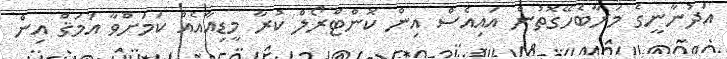
އަދުނާނީގެ މަރާބެހޭގޮތުން އައިއެސް އިން ކޮންޓްރޯލް ކުރާ މީޑިއާއެއް ކަމަށްވާ އަމަޤް އިން